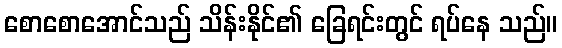
စောစောအောင်သည် သိန်းနိုင်၏ ခြေရင်းတွင် ရပ်နေ သည်။